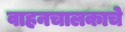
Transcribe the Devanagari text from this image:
वाहनचालकाचे